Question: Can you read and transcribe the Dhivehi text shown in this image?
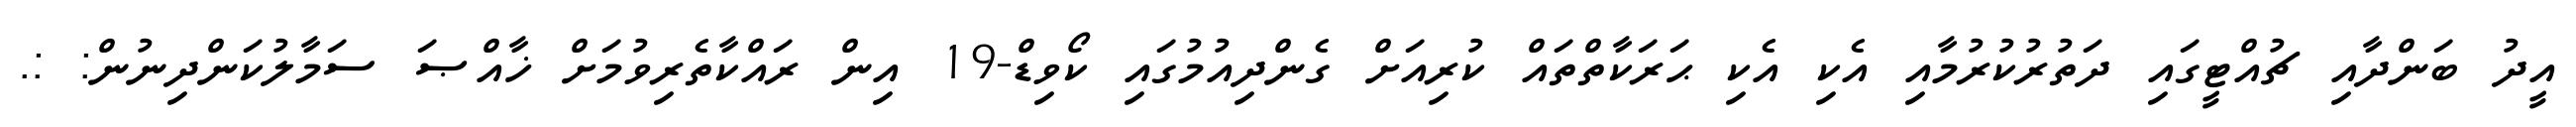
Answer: އީދު ބަންދާއި ޗުއްޓީގައި ދަތުރުކުރުމާއި އެކި އެކި ޙަރަކާތްތައް ކުރިއަށް ގެންދިއުމުގައި ކޯވިޑް-19 އިން ރައްކާތެރިވުމަށް ޚާއްޞަ ސަމާލުކަންދިނުން: :.